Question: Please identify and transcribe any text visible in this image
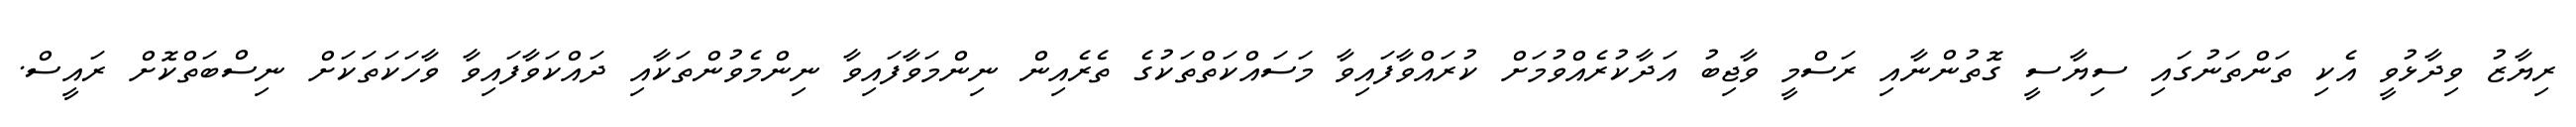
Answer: ރިޔާޒު ވިދާޅުވީ އެކި ތަންތަނުގައި ސިޔާސީ ގޮތުންނާއި ރަސްމީ ވާޖިބު އަދާކުރެއްވުމަށް ކުރައްވާފައިވާ މަސައްކަތްތަކުގެ ތެރެއިން ނިންމަވާފައިވާ ނިންމެވުންތަކާއި ދައްކަވާފައިވާ ވާހަކަތަކަށް ނިސްބަތްކޮށް ރައީސް.